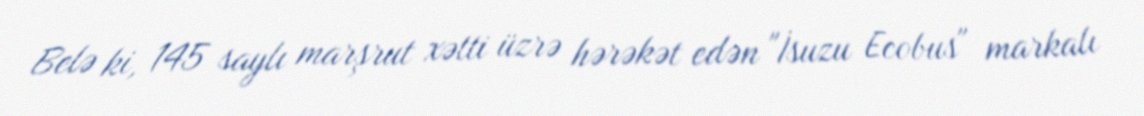
Belə ki, 145 saylı marşrut xətti üzrə hərəkət edən "İsuzu Ecobus" markalı